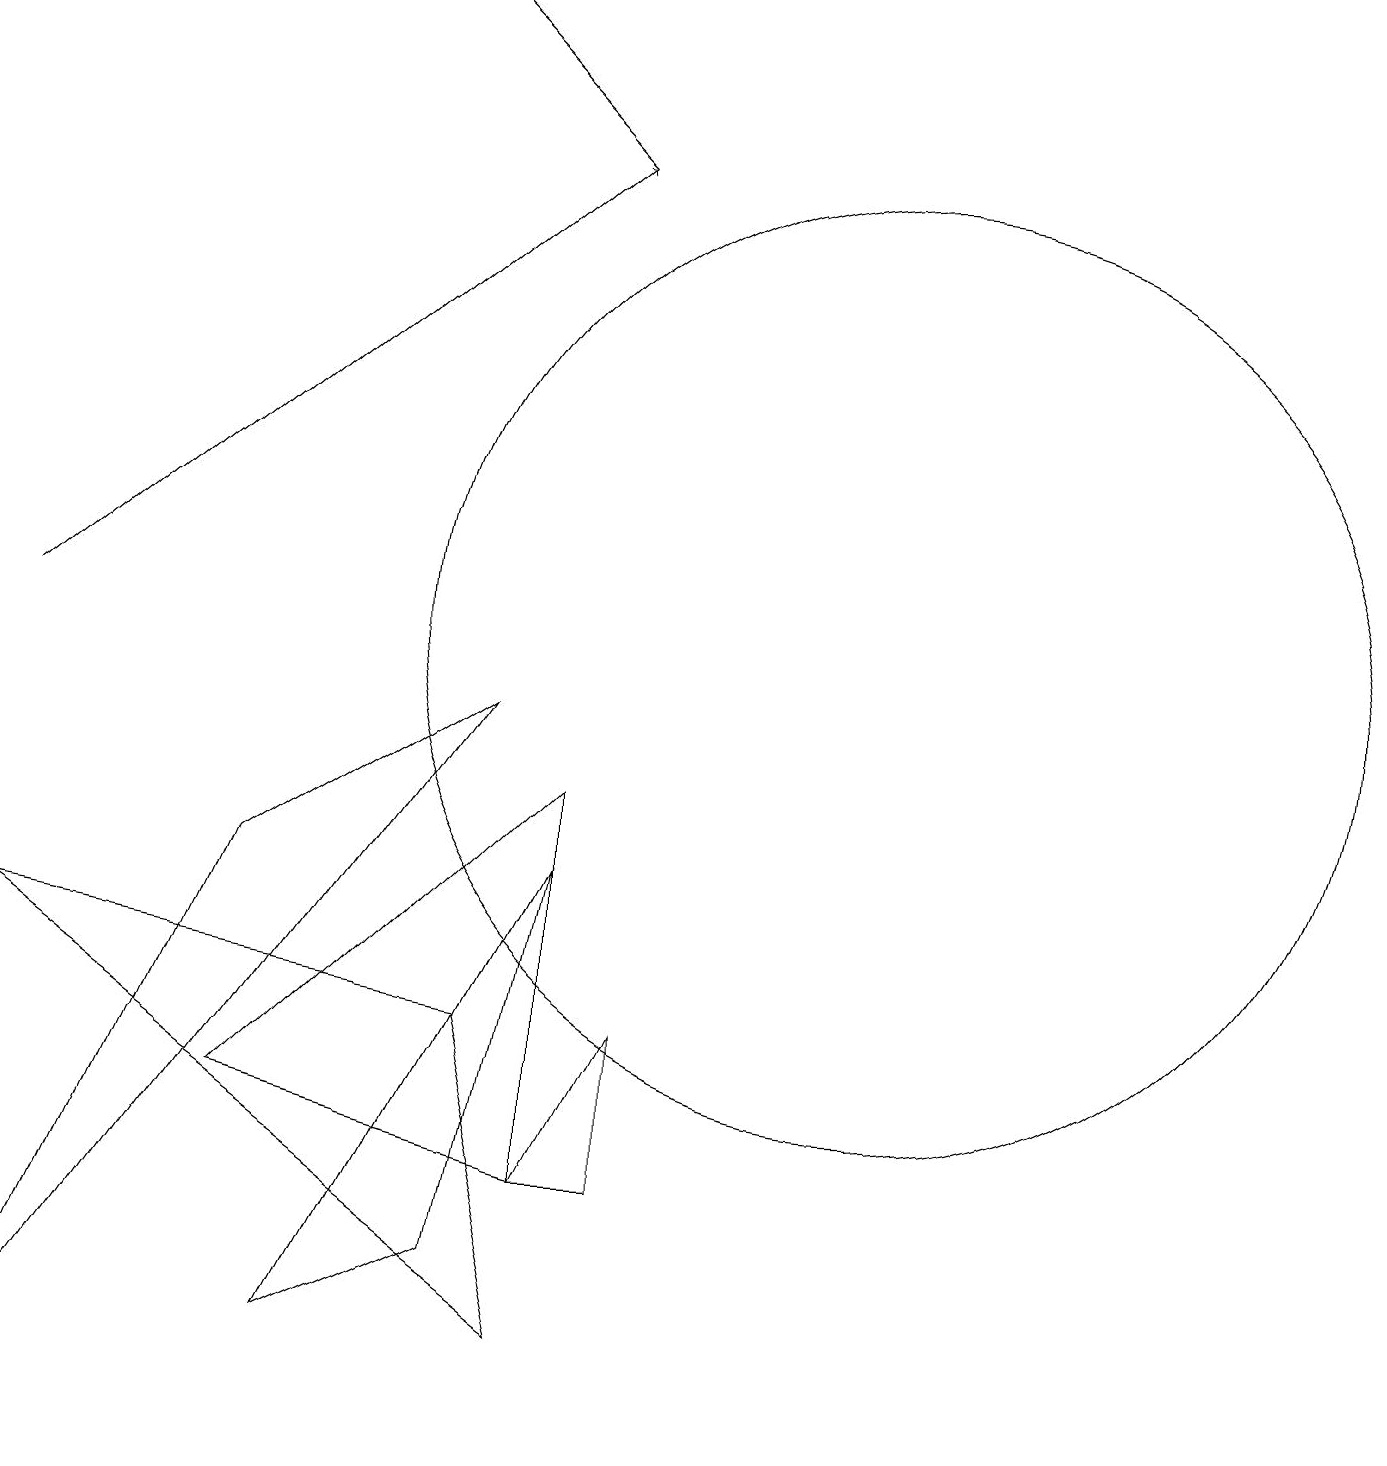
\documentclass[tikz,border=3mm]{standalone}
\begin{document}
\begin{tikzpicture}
\draw[->] (0,10) -- (7,16);
\draw (3,7) -- (0,0) -- (6,9) -- cycle;
\draw (0,6) -- (7,1) -- (6,5) -- cycle;
\draw (7,3) -- (8,5) -- (8,3) -- cycle;
\draw (3,4) -- (7,8) -- (7,3) -- cycle;
\draw (6,2) -- (7,7) -- (4,1) -- cycle;
\draw[->] (7,16) -- (5,18);
\draw (11,10) circle (6);
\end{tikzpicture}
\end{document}